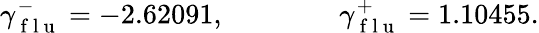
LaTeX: \gamma_{\mathrm{~f~l~u~}}^{-}=-2.62091,\qquad\qquad\gamma_{\mathrm{~f~l~u~}}^{+}=1.10455.